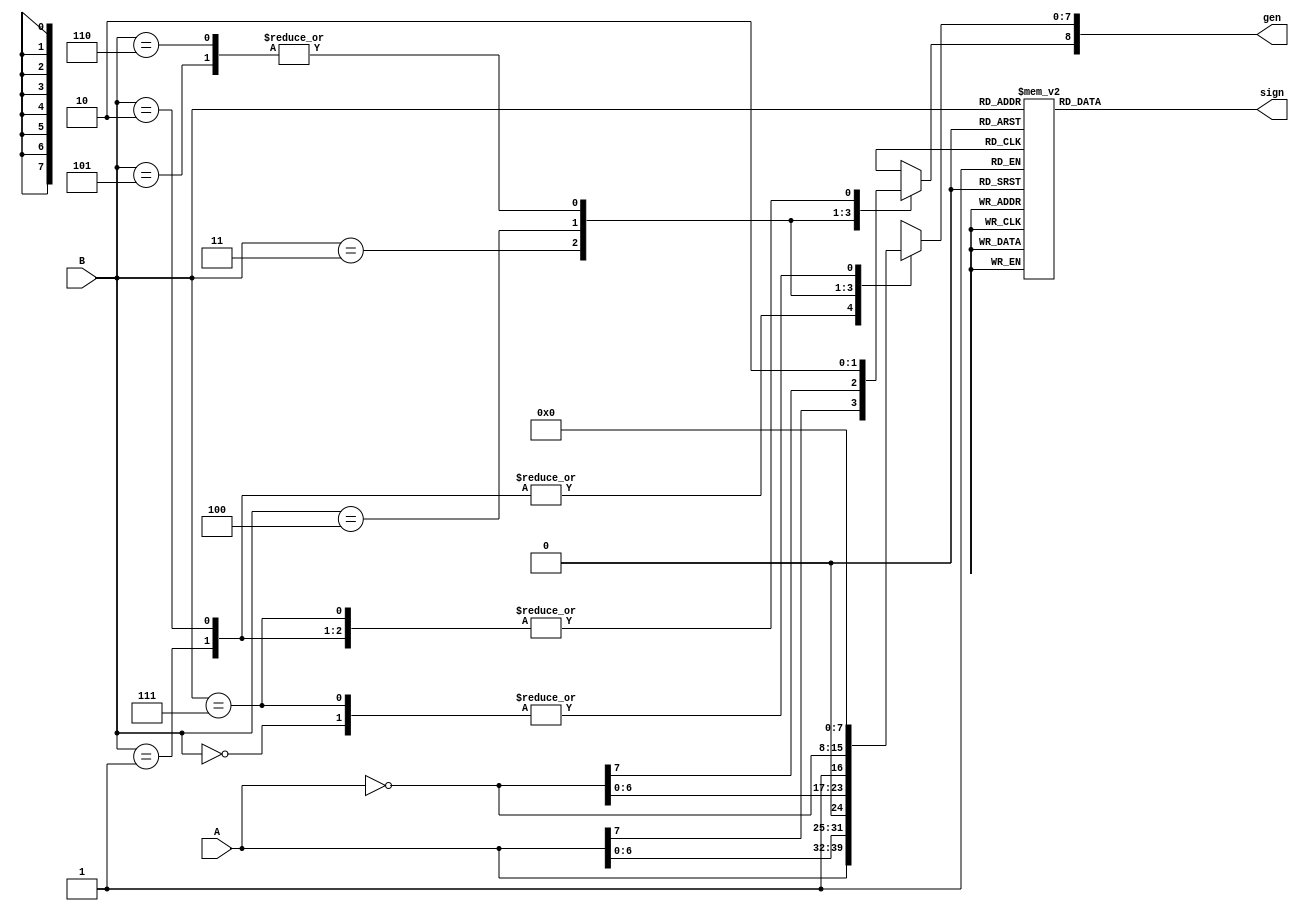
module ModUnsignedRadix4BoothGen #(
    parameter width = 8
)
(
    input wire[2:0]       B,
    input wire[width-1:0] A,
    output reg[width:0]   gen,
    output reg            sign
);

    wire[width-1:0] negA;

    assign negA = ~A;

    always @(*) begin
        case(B)
            3'b000:  sign = 1'b0;
            3'b001:  sign = 1'b0;
            3'b010:  sign = 1'b0;
            3'b011:  sign = 1'b0;
            3'b100:  sign = 1'b1;
            3'b101:  sign = 1'b1;
            3'b110:  sign = 1'b1;
            3'b111:  sign = 1'b0;
            default: sign = 1'b0;
        endcase
    end

    always @(*) begin
        case(B)
            3'b000:  gen[width] = 1'b0;
            3'b001:  gen[width] = 1'b0;
            3'b010:  gen[width] = 1'b0;
            3'b011:  gen[width] = A[width-1];
            3'b100:  gen[width] = negA[width-1];
            3'b101:  gen[width] = 1'b1;
            3'b110:  gen[width] = 1'b1;
            3'b111:  gen[width] = 1'b0;
            default: gen[width] = 1'b0;
        endcase
    end

    always @(*) begin
        case(B)
            3'b000:  gen[width-1:0] = 0;
            3'b001:  gen[width-1:0] = A;
            3'b010:  gen[width-1:0] = A;
            3'b011:  gen[width-1:0] = {A[width-2:0],1'b0};
            3'b100:  gen[width-1:0] = {negA[width-2:0],1'b1};
            3'b101:  gen[width-1:0] = negA;
            3'b110:  gen[width-1:0] = negA;
            3'b111:  gen[width-1:0] = 0;
            default: gen[width-1:0] = 0;
        endcase
    end

endmodule